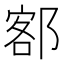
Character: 𫟭